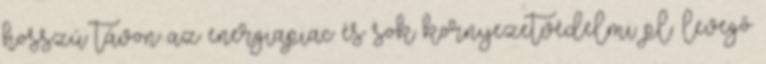
hosszú távon az energiapiac és sok környezetvédelmi pl. levegő